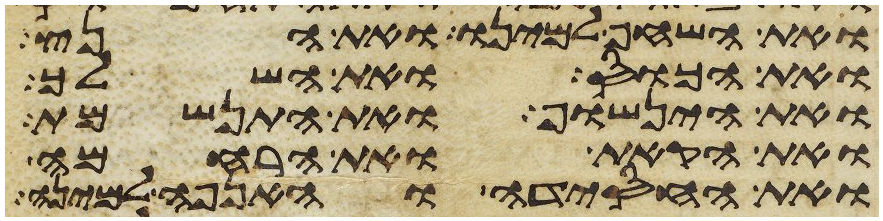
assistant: ואת השחף למינו ואת הנץ
ואת הכוס ואת השלך
ואת הינשוף ואת התנשמת
ואת הקאת ואת הרחמה
ואת החסידה והאנפה למינה